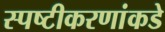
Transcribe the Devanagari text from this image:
स्पष्टीकरणांकडे